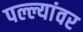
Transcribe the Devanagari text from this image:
पल्ल्यांवर